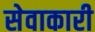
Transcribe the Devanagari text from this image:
सेवाकारी